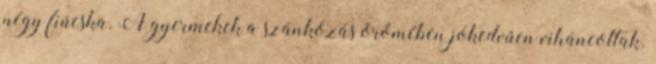
négy fiúcska. A gyermekek a szánkózás örömében jókedvűen viháncoltak.